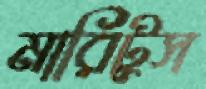
মারিটুস